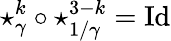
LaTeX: \star_{\gamma}^{k}\circ\star_{1/\gamma}^{3-k}=\mathrm{Id}